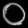
Digit: ၀